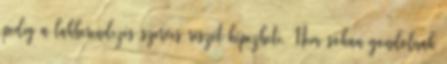
pedig a lakberendezés szerves részét képezheti. Nem sokan gondolnak